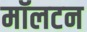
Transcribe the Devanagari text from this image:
मॉलटन